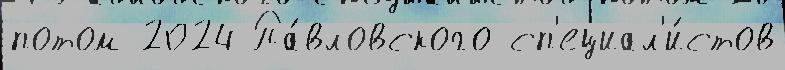
потом 2024 Па́вловского сп'ециал'и́стов